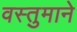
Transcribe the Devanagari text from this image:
वस्तुमाने